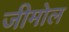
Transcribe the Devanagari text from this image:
जीमोल